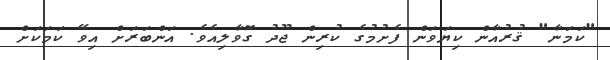
"ކަމަނާ" ޤުރުއާން ކިޔަވަން ފެށުމުގެ ކުރިން ޖޫދު ގޮވާލިއެވެ. އަންބަރަށް އިވޭ ކަމަކަށް